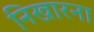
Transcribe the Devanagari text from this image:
निखारना